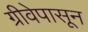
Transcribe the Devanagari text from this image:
ग्रीवेपासून